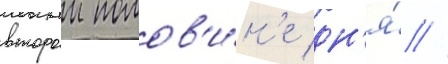
второи полов'и́н'е дн'я́ //